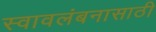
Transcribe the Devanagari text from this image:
स्वावलंबनासाठी